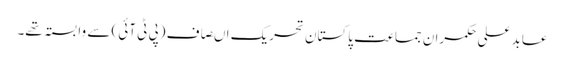
عابد علی حکمران جماعت پاکستان تحریک اںصاف (پی ٹی آئی) سے وابستہ تھے۔